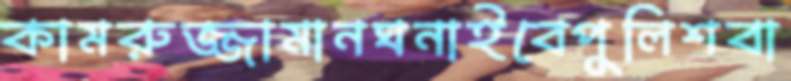
কামরুজ্জামানঘনাইবেপুলিশবা